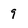
Character: 9